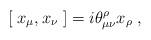
LaTeX: \begin{align*}[\;{ x}_{\mu},{ x}_{\nu}\;] = i\theta_{\mu\nu}^{\rho}x_{\rho}\;,\end{align*}